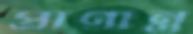
প্রাণান্ত